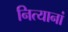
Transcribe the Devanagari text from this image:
नित्यानां